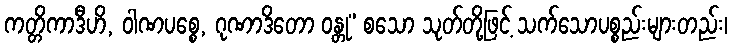
ကတ္တိကာဒီဟိ, ဝါဏပစ္စေ, ဂုဏာဒိတော ဝန္တု” စသော သုတ်တို့ဖြင့် သက်သောပစ္စည်းများတည်း၊